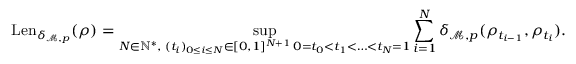
\mathrm { L e n } _ { \delta _ { \mathcal M , p } } ( \rho ) = \operatorname* { s u p } _ { \substack { N \in \mathbb { N } ^ { * } , \; ( t _ { i } ) _ { 0 \leq i \leq N } \in [ 0 , 1 ] ^ { N + 1 } \, 0 = t _ { 0 } < t _ { 1 } < \ldots < t _ { N } = 1 } } \sum _ { i = 1 } ^ { N } \delta _ { \mathcal M , p } ( \rho _ { t _ { i - 1 } } , \rho _ { t _ { i } } ) .